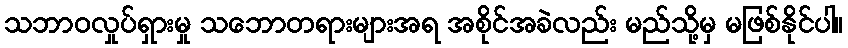
သဘာဝလှုပ်ရှားမှု သဘောတရားများအရ အစိုင်အခဲလည်း မည်သို့မှ မဖြစ်နိုင်ပါ။